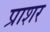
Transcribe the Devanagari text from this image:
प्राशर